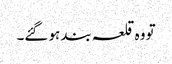
تو وہ قلعہ بند ہو گئے۔